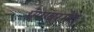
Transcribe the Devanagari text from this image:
एंपावरमेंट